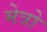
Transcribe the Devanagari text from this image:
मेत्रो